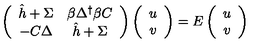
\left( \begin{array} { c c } { \hat { h } + \Sigma } & { \beta \Delta ^ { \dagger } \beta C } \\ { - C \Delta } & { \hat { h } + \Sigma } \\ \end{array} \right) \left( \begin{array} { c } { u } \\ { v } \\ \end{array} \right) = E \left( \begin{array} { c } { u } \\ { v } \\ \end{array} \right)